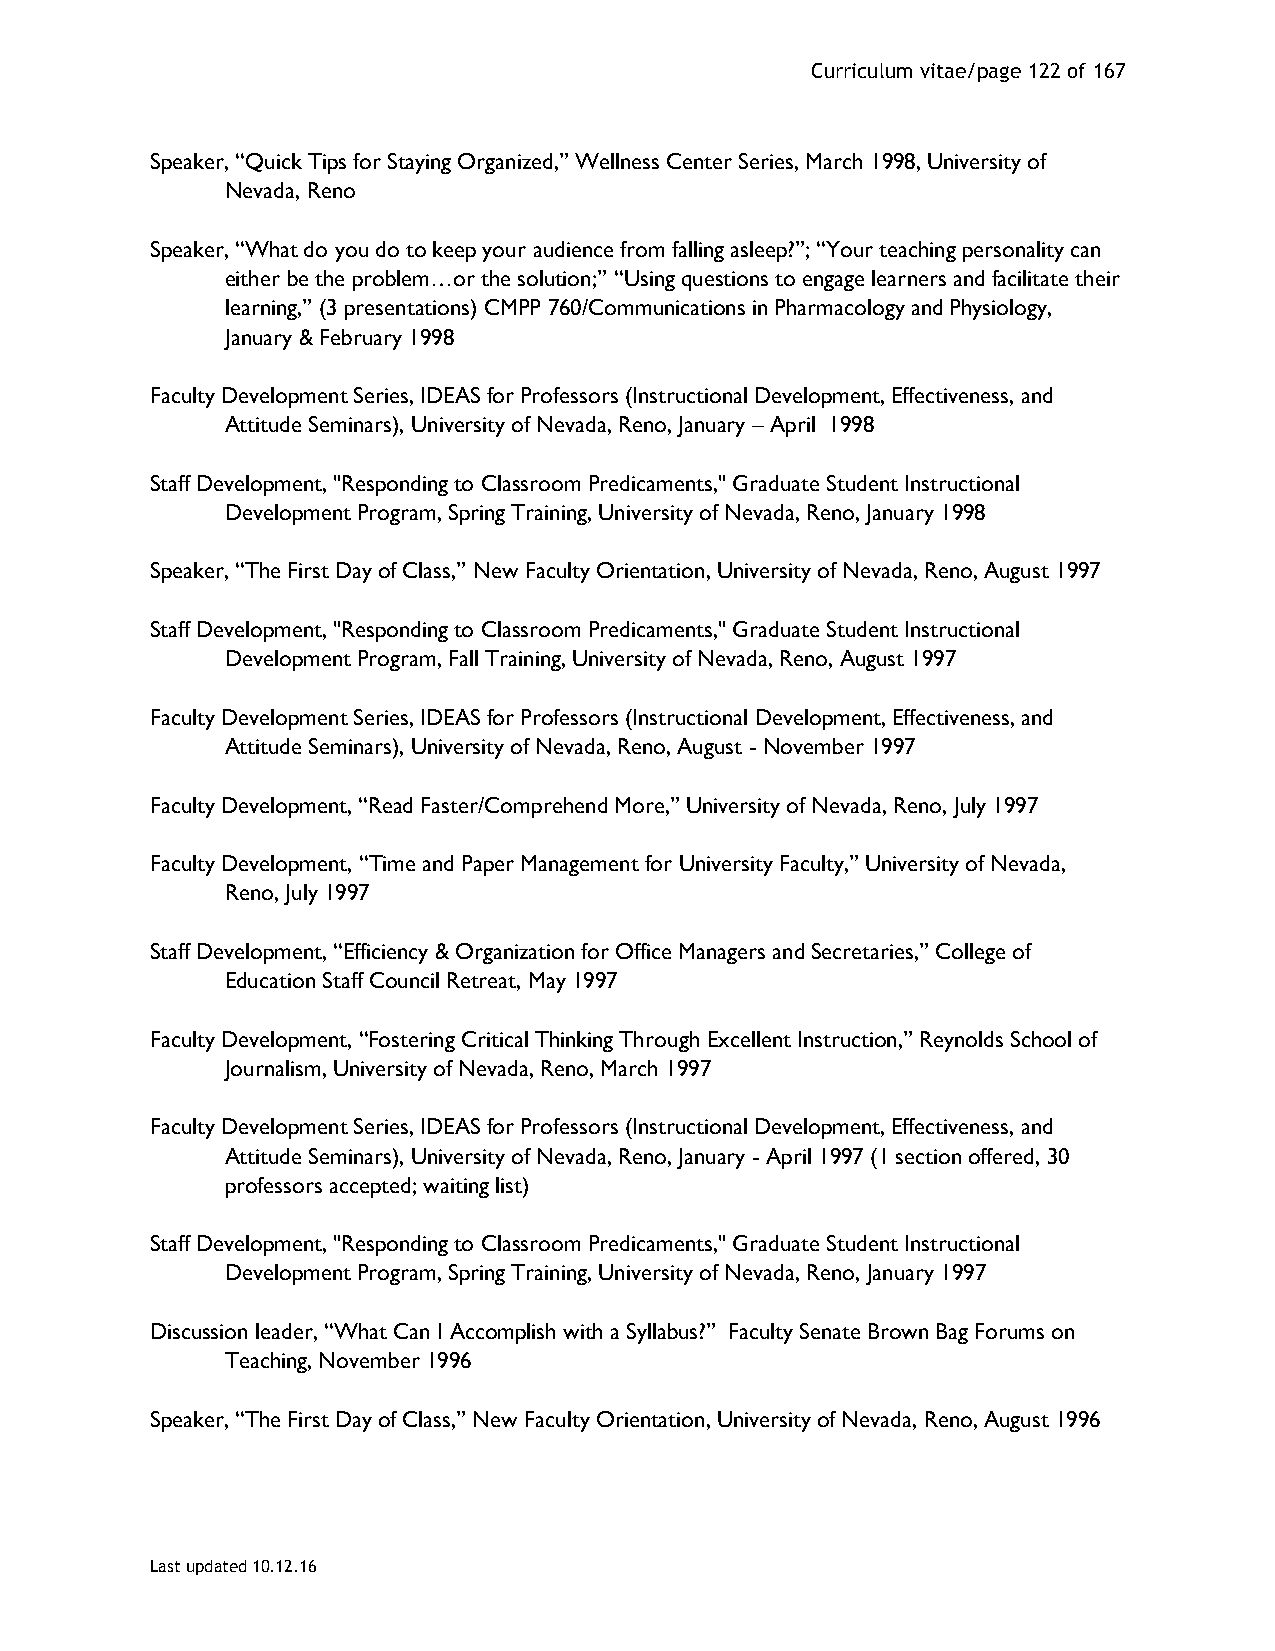
Curriculum vitae/page 122 of 167
 Speaker, “Quick Tips for Staying Organized,” Wellness Center Series, March 1998, University of
 Nevada, Reno
 Speaker, “What do you do to keep your audience from falling asleep?”; “Your teaching personality can
 either be the problem…or the solution;” “Using questions to engage learners and facilitate their
 learning,” (3 presentations) CMPP 760/Communications in Pharmacology and Physiology,
 January & February 1998
 Faculty Development Series, IDEAS for Professors (Instructional Development, Effectiveness, and
 Attitude Seminars), University of Nevada, Reno, January – April 1998
 Staff Development, "Responding to Classroom Predicaments," Graduate Student Instructional
 Development Program, Spring Training, University of Nevada, Reno, January 1998
 Speaker, “The First Day of Class,” New Faculty Orientation, University of Nevada, Reno, August 1997
 Staff Development, "Responding to Classroom Predicaments," Graduate Student Instructional
 Development Program, Fall Training, University of Nevada, Reno, August 1997
 Faculty Development Series, IDEAS for Professors (Instructional Development, Effectiveness, and
 Attitude Seminars), University of Nevada, Reno, August - November 1997
 Faculty Development, “Read Faster/Comprehend More,” University of Nevada, Reno, July 1997
 Faculty Development, “Time and Paper Management for University Faculty,” University of Nevada,
 Reno, July 1997
 Staff Development, “Efficiency & Organization for Office Managers and Secretaries,” College of
 Education Staff Council Retreat, May 1997
 Faculty Development, “Fostering Critical Thinking Through Excellent Instruction,” Reynolds School of
 Journalism, University of Nevada, Reno, March 1997
 Faculty Development Series, IDEAS for Professors (Instructional Development, Effectiveness, and
 Attitude Seminars), University of Nevada, Reno, January - April 1997 (1 section offered, 30
 professors accepted; waiting list)
 Staff Development, "Responding to Classroom Predicaments," Graduate Student Instructional
 Development Program, Spring Training, University of Nevada, Reno, January 1997
 Discussion leader, “What Can I Accomplish with a Syllabus?” Faculty Senate Brown Bag Forums on
 Teaching, November 1996
 Speaker, “The First Day of Class,” New Faculty Orientation, University of Nevada, Reno, August 1996
 Last updated 10.12.16